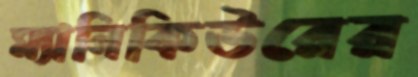
ম্যানিকিউরের